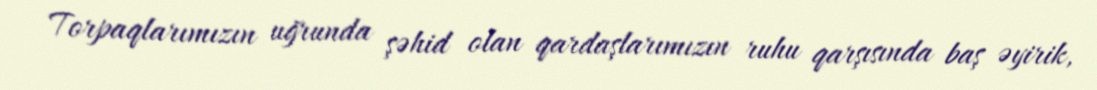
Torpaqlarımızın uğrunda şəhid olan qardaşlarımızın ruhu qarşısında baş əyirik,